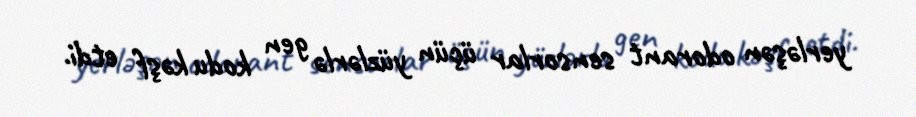
yerləşən odorant sensorlar üçün yüzlərlə gen kodu kəşf etdi.